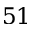
5 1